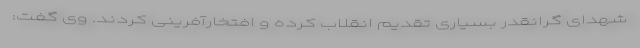
شهدای گرانقدر بسیاری تقدیم انقلاب کرده و افتخارآفرینی کردند. وی گفت: